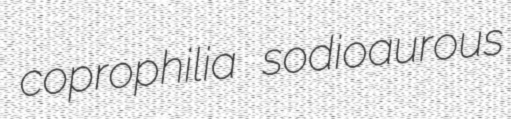
coprophilia sodioaurous